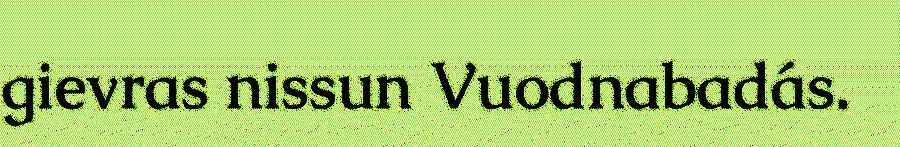
gievras nissun Vuodnabadás.